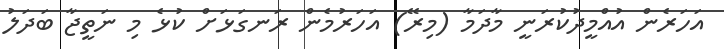
އަހަރެން އުއްމީދުކުރަނީ މާދަމާ (މިރޭ) އަހަރުމެން ރަނގަޅަށް ކުޅެ މި ނަތީޖާ ބަދަލު